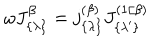
\omega J _ { \{ \lambda \} } ^ { \beta } = j _ { \{ \lambda \} } ^ { ( \beta ) } J _ { \{ \lambda ^ { \prime } \} } ^ { ( 1 / \beta ) }